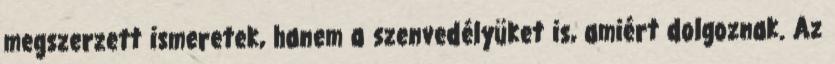
megszerzett ismeretek, hanem a szenvedélyüket is, amiért dolgoznak. Az